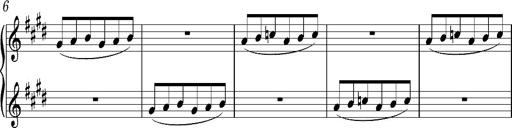
Title: Valses oubliÃ©es
Composer: Franz Liszt